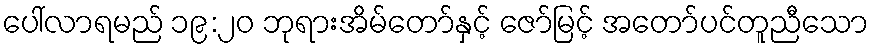
ပေါ်လာရမည် ၁၉:၂၀ ဘုရားအိမ်တော်နှင့် ဇော်မြင့် အတော်ပင်တူညီသော